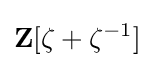
\mathbf {Z} [\zeta +\zeta ^{-1}]